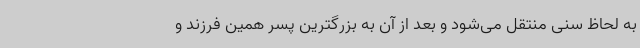
به لحاظ سنی منتقل می‌شود و بعد از آن به بزرگترین پسر همین فرزند و